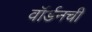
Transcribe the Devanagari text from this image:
वॉर्डनची